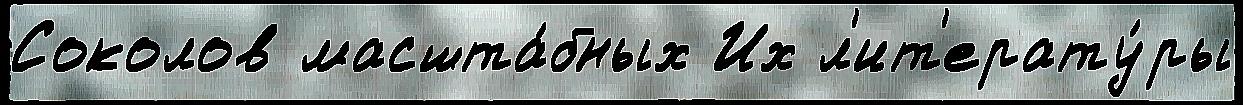
Соколов масшта́бных Их л'ит'ерату́ры